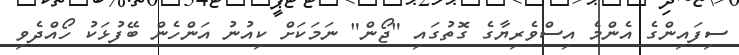
ސިފައިންގެ އެންމެ އިސްވެރިޔާގެ ގޮތުގައި "ޖޯން" ނަމަކަށް ކިއުނު އަންހެން ބޭފުޅަކު ހޯއްދެވި